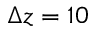
\Delta z = 1 0